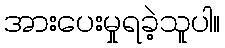
အားပေးမှုရခဲ့သူပါ။